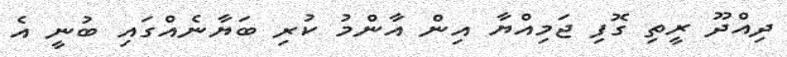
ދިއްދޫ ރީތި ގޮފި ޖަމިއްޔާ އިން އާންމު ކުރި ބަޔާނެއްގައި ބުނީ އެ